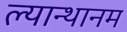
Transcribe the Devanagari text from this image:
ल्यान्थानम